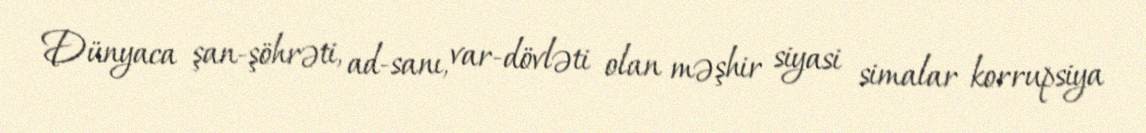
Dünyaca şan-şöhrəti, ad-sanı, var-dövləti olan məşhir siyasi simalar korrupsiya